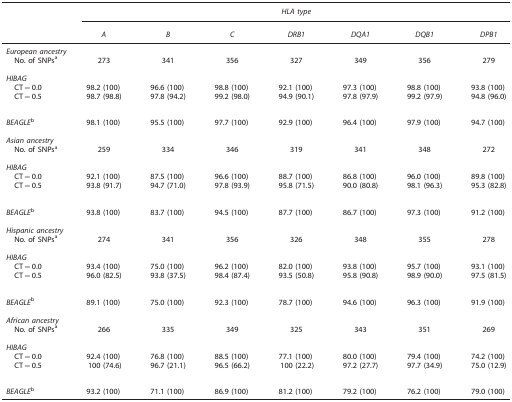
<table><thead><tr><td><b> </b></td><td colspan="7"><b><i>HLA type</i></b></td></tr><tr><td><b> </b></td><td><b><i>A</i></b></td><td><b><i>B</i></b></td><td><b><i>C</i></b></td><td><b><i>DRB1</i></b></td><td><b><i>DQA1</i></b></td><td><b><i>DQB1</i></b></td><td><b><i>DPB1</i></b></td></tr></thead><tbody><tr><td colspan="8"><i>European ancestry</i></td></tr><tr><td> No. of SNPsa</td><td>273</td><td>341</td><td>356</td><td>327</td><td>349</td><td>356</td><td>279</td></tr><tr><td> </td><td> </td><td> </td><td> </td><td> </td><td> </td><td> </td><td> </td></tr><tr><td colspan="8"><i>HIBAG</i></td></tr><tr><td> CT=0.0</td><td>98.2 (100)</td><td>96.6 (100)</td><td>98.8 (100)</td><td>92.1 (100)</td><td>97.3 (100)</td><td>98.8 (100)</td><td>93.8 (100)</td></tr><tr><td> CT=0.5</td><td>98.7 (98.8)</td><td>97.8 (94.2)</td><td>99.2 (98.0)</td><td>94.9 (90.1)</td><td>97.8 (97.9)</td><td>99.2 (97.9)</td><td>94.8 (96.0)</td></tr><tr><td> </td><td> </td><td> </td><td> </td><td> </td><td> </td><td> </td><td> </td></tr><tr><td colspan="8"> </td></tr><tr><td><i>BEAGLE</i>b</td><td>98.1 (100)</td><td>95.5 (100)</td><td>97.7 (100)</td><td>92.9 (100)</td><td>96.4 (100)</td><td>97.9 (100)</td><td>94.7 (100)</td></tr><tr><td> </td><td> </td><td> </td><td> </td><td> </td><td> </td><td> </td><td> </td></tr><tr><td colspan="8"><i>Asian ancestry</i></td></tr><tr><td> No. of SNPsa</td><td>259</td><td>334</td><td>346</td><td>319</td><td>341</td><td>348</td><td>272</td></tr><tr><td> </td><td> </td><td> </td><td> </td><td> </td><td> </td><td> </td><td> </td></tr><tr><td colspan="8"><i>HIBAG</i></td></tr><tr><td> CT=0.0</td><td>92.1 (100)</td><td>87.5 (100)</td><td>96.6 (100)</td><td>88.7 (100)</td><td>86.8 (100)</td><td>96.0 (100)</td><td>89.8 (100)</td></tr><tr><td> CT=0.5</td><td>93.8 (91.7)</td><td>94.7 (71.0)</td><td>97.8 (93.9)</td><td>95.8 (71.5)</td><td>90.0 (80.8)</td><td>98.1 (96.3)</td><td>95.3 (82.8)</td></tr><tr><td> </td><td> </td><td> </td><td> </td><td> </td><td> </td><td> </td><td> </td></tr><tr><td colspan="8"> </td></tr><tr><td><i>BEAGLE</i>b</td><td>93.8 (100)</td><td>83.7 (100)</td><td>94.5 (100)</td><td>87.7 (100)</td><td>86.7 (100)</td><td>97.3 (100)</td><td>91.2 (100)</td></tr><tr><td> </td><td> </td><td> </td><td> </td><td> </td><td> </td><td> </td><td> </td></tr><tr><td colspan="8"><i>Hispanic ancestry</i></td></tr><tr><td> No. of SNPsa</td><td>274</td><td>341</td><td>356</td><td>326</td><td>348</td><td>355</td><td>278</td></tr><tr><td> </td><td> </td><td> </td><td> </td><td> </td><td> </td><td> </td><td> </td></tr><tr><td colspan="8"><i>HIBAG</i></td></tr><tr><td> CT=0.0</td><td>93.4 (100)</td><td>75.0 (100)</td><td>96.2 (100)</td><td>82.0 (100)</td><td>93.8 (100)</td><td>95.7 (100)</td><td>93.1 (100)</td></tr><tr><td> CT=0.5</td><td>96.0 (82.5)</td><td>93.8 (37.5)</td><td>98.4 (87.4)</td><td>93.5 (50.8)</td><td>95.8 (90.8)</td><td>98.9 (90.0)</td><td>97.5 (81.5)</td></tr><tr><td> </td><td> </td><td> </td><td> </td><td> </td><td> </td><td> </td><td> </td></tr><tr><td colspan="8"> </td></tr><tr><td><i>BEAGLE</i>b</td><td>89.1 (100)</td><td>75.0 (100)</td><td>92.3 (100)</td><td>78.7 (100)</td><td>94.6 (100)</td><td>96.3 (100)</td><td>91.9 (100)</td></tr><tr><td> </td><td> </td><td> </td><td> </td><td> </td><td> </td><td> </td><td> </td></tr><tr><td colspan="8"><i>African ancestry</i></td></tr><tr><td> No. of SNPsa</td><td>266</td><td>335</td><td>349</td><td>325</td><td>343</td><td>351</td><td>269</td></tr><tr><td> </td><td> </td><td> </td><td> </td><td> </td><td> </td><td> </td><td> </td></tr><tr><td colspan="8"><i>HIBAG</i></td></tr><tr><td> CT=0.0</td><td>92.4 (100)</td><td>76.8 (100)</td><td>88.5 (100)</td><td>77.1 (100)</td><td>80.0 (100)</td><td>79.4 (100)</td><td>74.2 (100)</td></tr><tr><td> CT=0.5</td><td>100 (74.6)</td><td>96.7 (21.1)</td><td>96.5 (66.2)</td><td>100 (22.2)</td><td>97.2 (27.7)</td><td>97.7 (34.9)</td><td>75.0 (12.9)</td></tr><tr><td> </td><td> </td><td> </td><td> </td><td> </td><td> </td><td> </td><td> </td></tr><tr><td colspan="8"> </td></tr><tr><td><i>BEAGLE</i>b</td><td>93.2 (100)</td><td>71.1 (100)</td><td>86.9 (100)</td><td>81.2 (100)</td><td>79.2 (100)</td><td>76.2 (100)</td><td>79.0 (100)</td></tr></tbody></table>